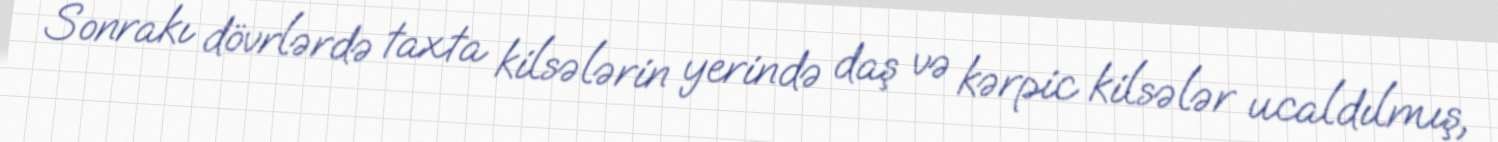
Sonrakı dövrlərdə taxta kilsələrin yerində daş və kərpic kilsələr ucaldılmış,